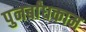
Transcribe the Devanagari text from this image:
पुनर्बांधकाम